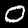
Digit: 0